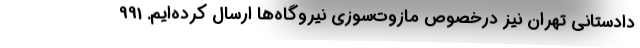
دادستانی تهران نیز درخصوص مازوت‌سوزی نیروگاه‌ها ارسال کرده‌ایم. 991